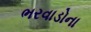
ભરવાડોના